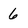
Character: 6